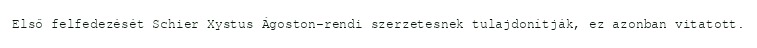
Első felfedezését Schier Xystus Ágoston-rendi szerzetesnek tulajdonítják, ez azonban vitatott.